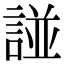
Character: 諩